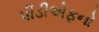
પીડીએફનો